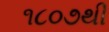
૧૮૦૭થી